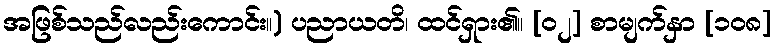
အဖြစ်သည်လည်းကောင်း။) ပညာယတိ၊ ထင်ရှား၏။ [၀၂] စာမျက်နှာ [၁၀၈]